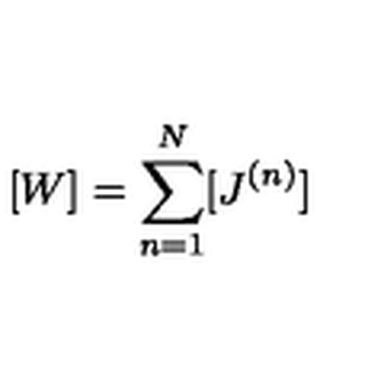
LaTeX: [ W ] = \sum _ { n = 1 } ^ { N } [ J ^ { ( n ) } ]